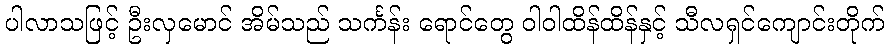
ပါလာသဖြင့် ဦးလှမောင် အိမ်သည် သင်္ကန်း ရောင်တွေ ဝါဝါထိန်ထိန်နှင့် သီလရှင်ကျောင်းတိုက်